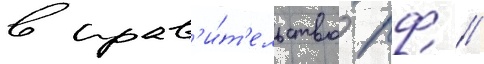
в прав'и́т'ельство рф /